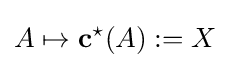
A\mapsto \mathbf {c} ^{\star }(A):=X